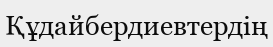
Құдайбердиевтердің